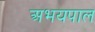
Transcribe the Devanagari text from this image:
अभयपाल